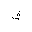
Letter: _fa